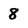
Character: 8